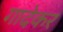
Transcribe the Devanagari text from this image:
गादेकर